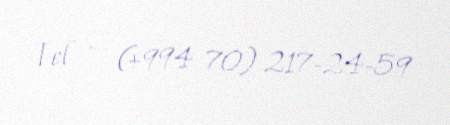
Tel — (+994 70) 217-24-59